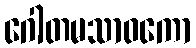
ဂေါတမသာဝကော